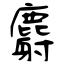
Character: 麝